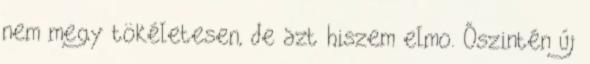
nem megy tökéletesen, de azt hiszem elmo. Őszintén új